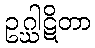
ဥဂ္ဃါဋိတာ